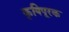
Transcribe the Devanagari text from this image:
कृषिपूरक